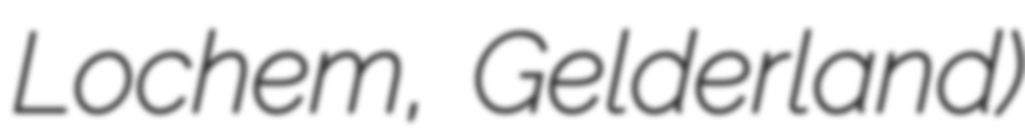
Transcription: Lochem, Gelderland)